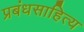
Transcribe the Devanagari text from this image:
प्रबंधसाहित्य